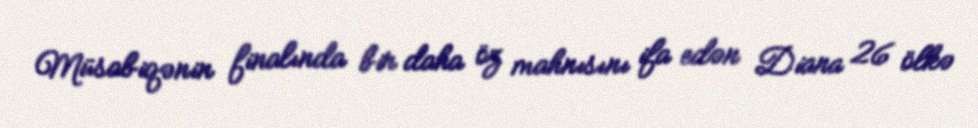
Müsabiqənin finalında bir daha öz mahnısını ifa edən Diana 26 ölkə